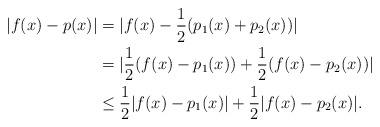
LaTeX: \begin{align*}|f(x)-p(x)|&=|f(x)-\frac{1}{2}(p_1(x)+p_2(x))|\\&=|\frac{1}{2}(f(x)-p_1(x))+\frac{1}{2}(f(x)-p_2(x))|\\&\leq\frac{1}{2}|f(x)-p_1(x)|+\frac{1}{2}|f(x)-p_2(x)|.\end{align*}